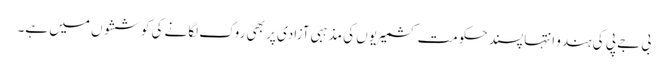
بی جے پی کی ہندو انتہا پسند حکومت کشمیریوں کی مذہبی آزادی پر بھی روک لگانے کی کوششوں میں ہے۔